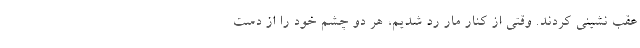
عقب نشینی کردند. وقتی از کنار مار رد شدیم، هر دو چشم خود را از دست